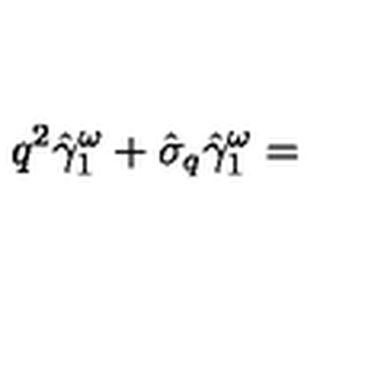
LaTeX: q ^ { 2 } \hat { \gamma } _ { 1 } ^ { \omega } + \hat { \sigma } _ { q } \hat { \gamma } _ { 1 } ^ { \omega } =